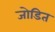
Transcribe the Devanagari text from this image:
जोडित